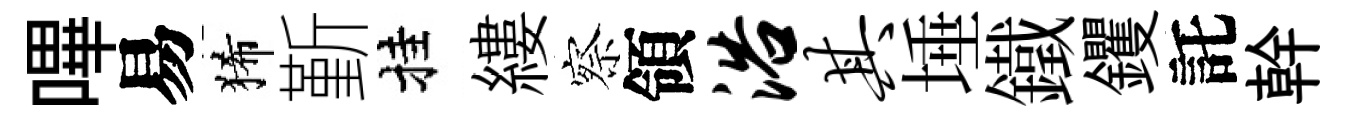
嗶易狶斳挂縷察領浴其埵鐵钁託幹